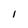
Character: I